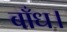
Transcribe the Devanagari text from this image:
बाँध।